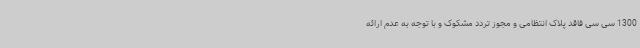
1300 سی سی فاقد پلاک انتظامی و مجوز تردد مشکوک و با توجه به عدم ارائه